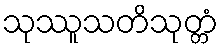
သုဿူသတိသုတ္တံ